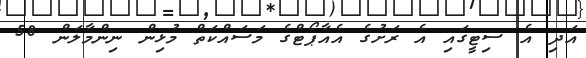
އަދި އެ ސިޓީގައި އެ ރަށުގެ އެއާޕޯޓްގެ މަސައްކަތް މުޅިން ނިންމާލަން 58